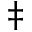
^ \ddagger